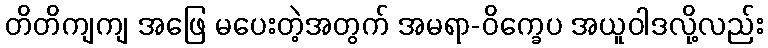
တိတိကျကျ အဖြေ မပေးတဲ့အတွက် အမရာ-ဝိက္ခေပ အယူဝါဒလို့လည်း